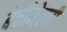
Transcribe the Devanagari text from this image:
बेत्तीनेल्ली